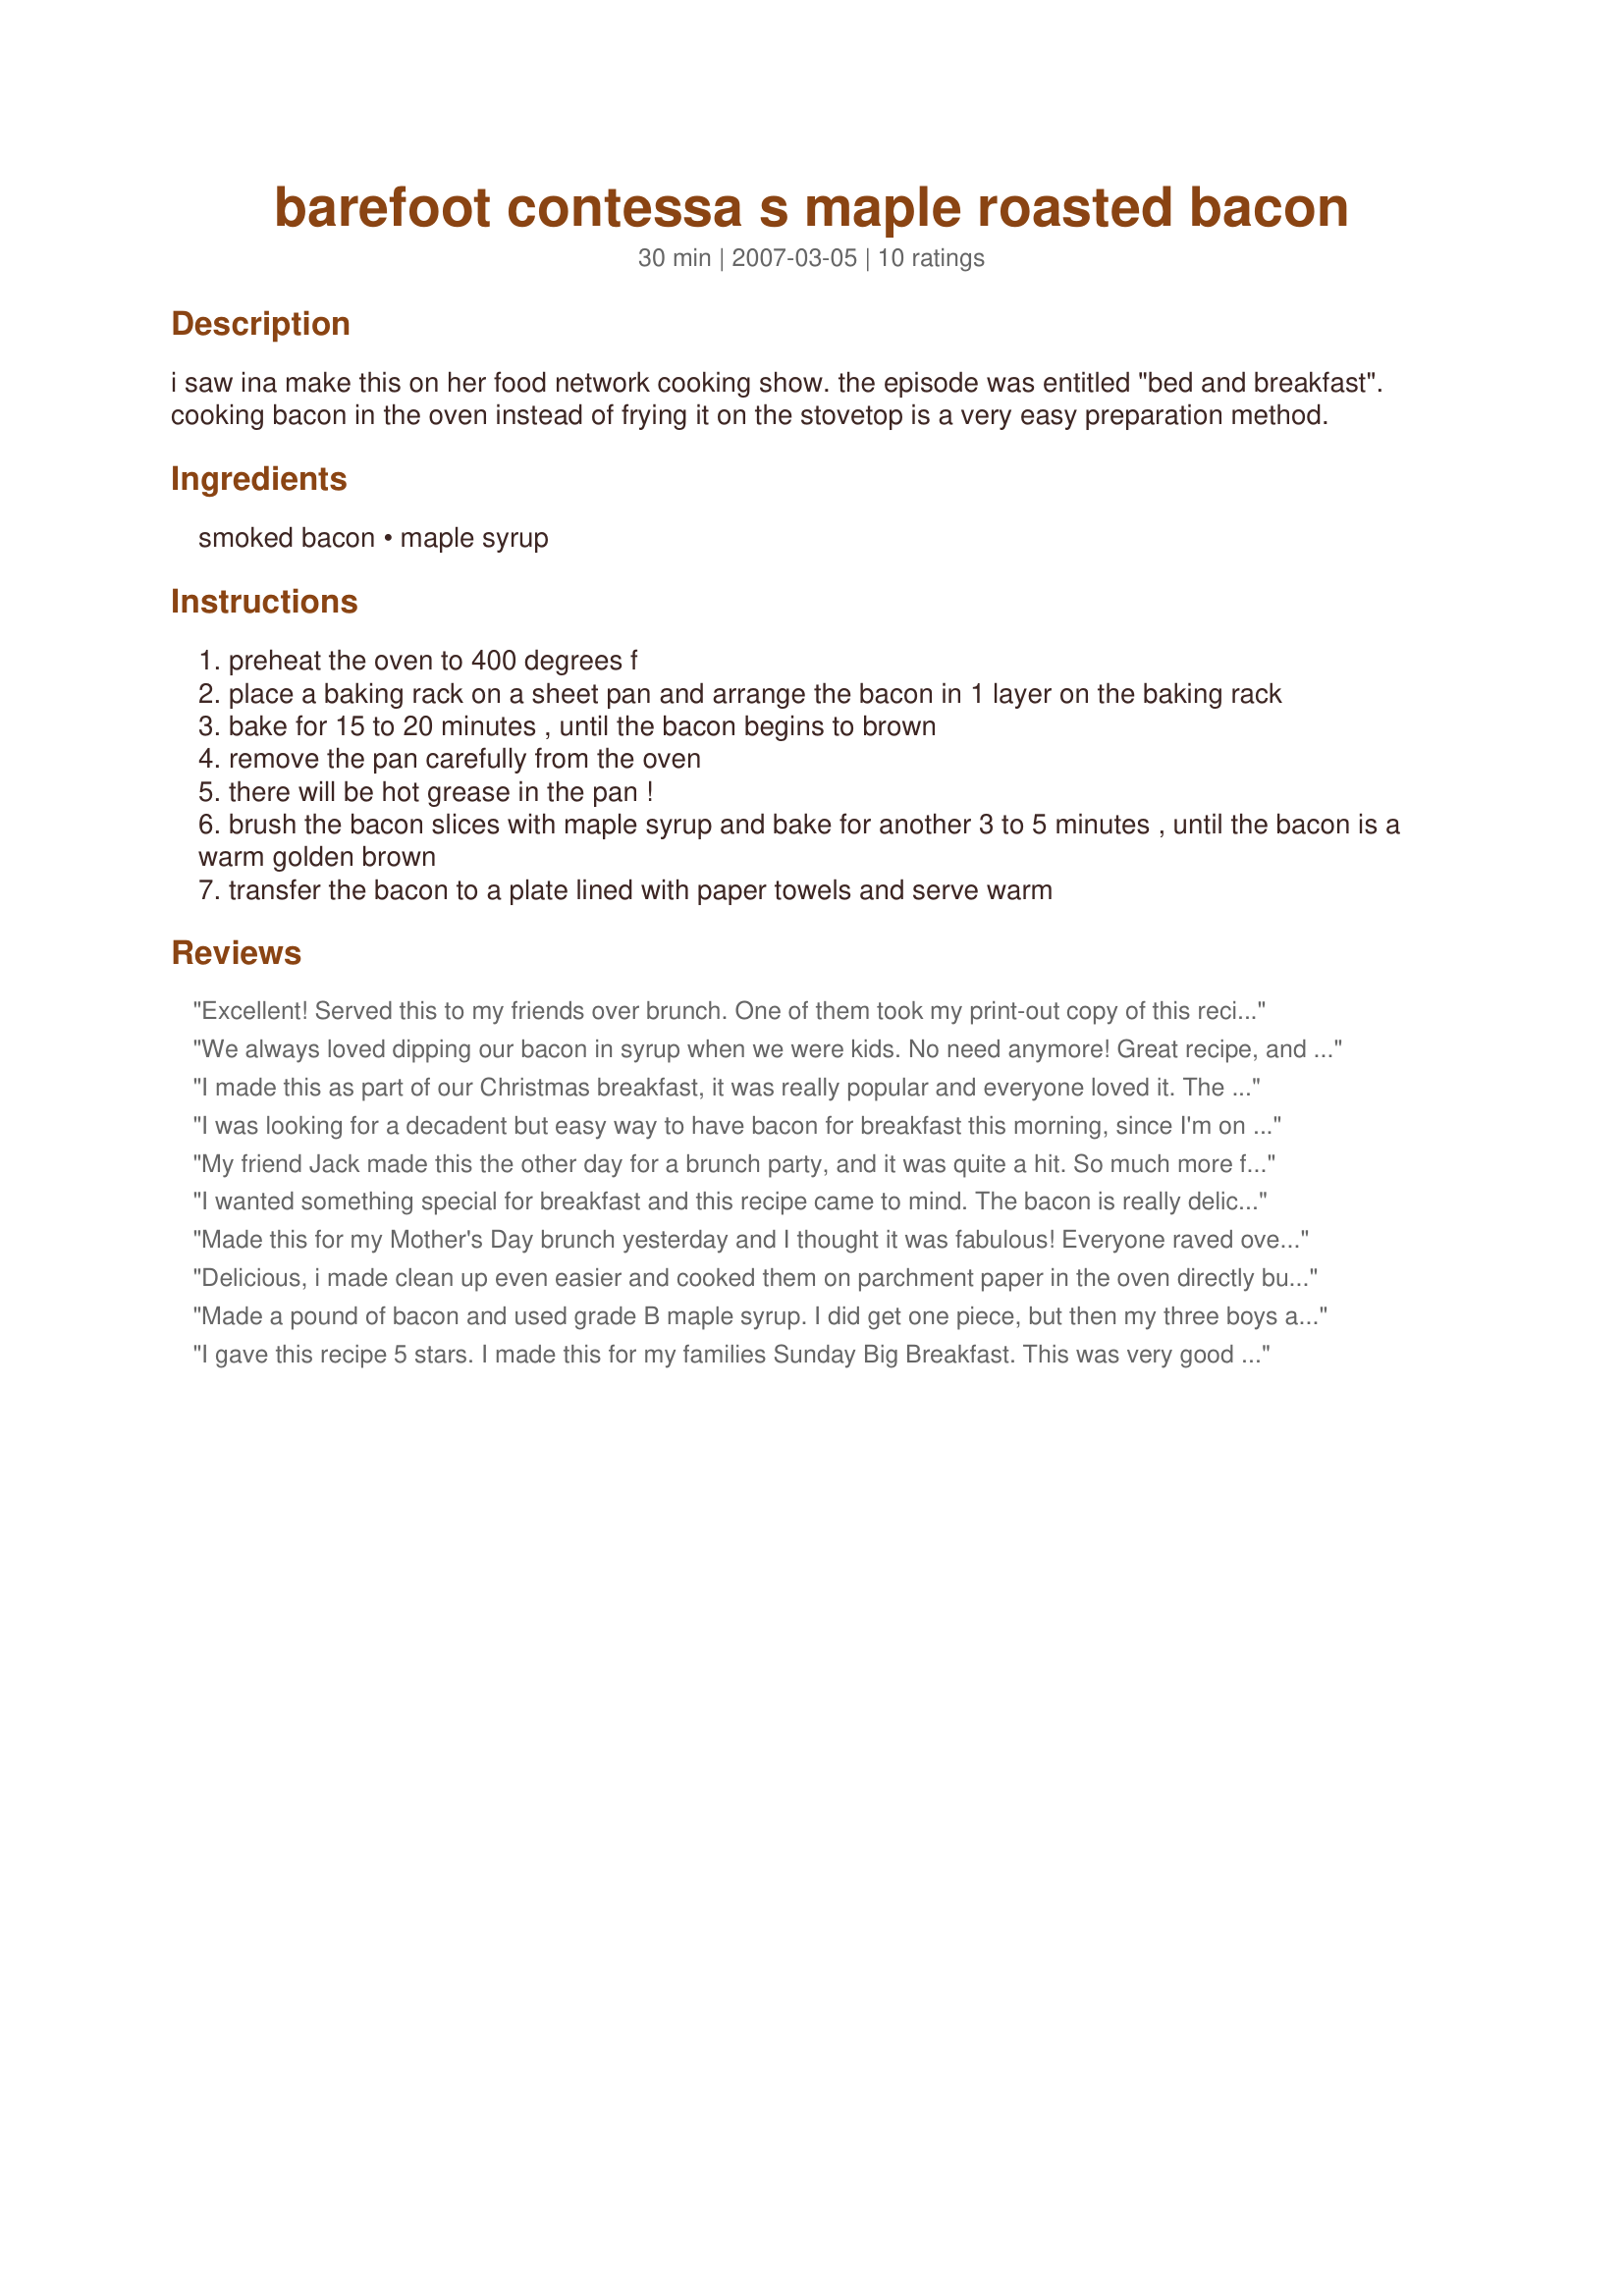
barefoot contessa s maple roasted bacon
Preparation time: 30 minutes

i saw ina make this on her food network cooking show. the episode was entitled "bed and breakfast". cooking bacon in the oven instead of frying it on the stovetop is a very easy preparation method.

Ingredients:
smoked bacon, maple syrup

Steps:
preheat the oven to 400 degrees f
place a baking rack on a sheet pan and arrange the bacon in 1 layer on the baking rack
bake for 15 to 20 minutes , until the bacon begins to brown
remove the pan carefully from the oven
there will be hot grease in the pan !
brush the bacon slices with maple syrup and bake for another 3 to 5 minutes , until the bacon is a warm golden brown
transfer the bacon to a plate lined with paper towels and serve warm

Reviews:
Excellent! Served this to my friends over brunch. One of them took my print-out copy of this recipe! It was well received. Thank you for posting!
We always loved dipping our bacon in syrup when we were kids. No need anymore! Great recipe, and no frying! Thanks Juenessa!
I made this as part of our Christmas breakfast, it was really popular and everyone loved it. The flavour of the maple syrup with the bacon is excellent.
I was looking for a decadent but easy way to have bacon for breakfast this morning, since I'm on vacation. I came across this recipe and decided this was simple enough to do. Followed exactly as posted, except the baking time in my oven was a bit longer. THE END RESULT IS AMAZING. It's like a crisp, bacon candy, yet not overly sweet! The biggest problem is that I made a lot, intending to just feed myself, and I ended up only getting a bacon and a half because they were raided by everyone. Next time I'm making this in quantity.
My friend Jack made this the other day for a brunch party, and it was quite a hit. So much more flavorful than pan-frying.
I wanted something special for breakfast and this recipe came to mind. The bacon is really delicious and really hit the spot! My company loved it and asked how I made it. This is the only way to go with bacon for us!
Made this for my Mother's Day brunch yesterday and I thought it was fabulous! Everyone raved over the bacon's flavor and texture and I was pleased that I was able to stick it in the oven and walk away instead of standing there frying it. Will make it like this from now on.
Delicious, i made clean up even easier and cooked them on parchment paper in the oven directly but i was only doing 3 pieces. Thank goodness i was only doing 3 pieces they were so good i would have eaten all 16 :)
Made a pound of bacon and used grade B maple syrup. I did get one piece, but then my three boys ate the entire plate themselves. Easy, minimal clean up, and using a baking rack allows the fat to drain away and the bacon to cook evenly. Loved it! Thanks for sharing the recipe!
I gave this recipe 5 stars. I made this for my families Sunday Big Breakfast. This was very good bacon! My 5 yr old newphew and I loved this bacon. My 7 yr old niece did not like it. I made a few minor changes to the recipe. I used the bacon I had on hand which was thin. But it turned out just like I've had at restaurants. It was perfectly crisp! I also used Sugar Free Log Cabin syrup in place of the maple syrup. Overall this was great bacon! I will so make this again for my family! Thanks so much for posting this recipe. Christine (internetnut)
